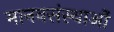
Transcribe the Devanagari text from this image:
मानवसंस्थाओं